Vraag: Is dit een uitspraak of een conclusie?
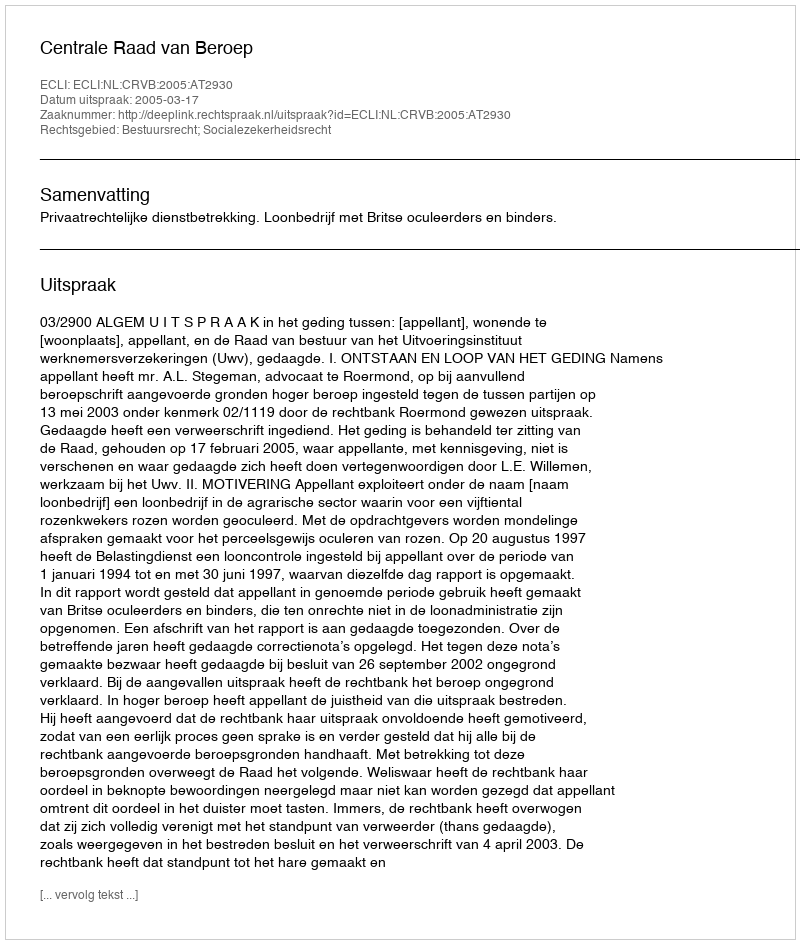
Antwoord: Uitspraak